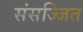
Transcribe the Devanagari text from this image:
संसज्जित